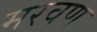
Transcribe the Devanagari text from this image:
मरवण